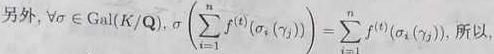
另外, $\forall \sigma \in \mathrm{Gal}(K / \mathbb{Q}), \sigma\left(\sum_{i = 1}^{n} f^{(t)}\left(\sigma_{i}\left(\gamma_{j}\right)\right)\right)=\sum_{i = 1}^{n} f^{(t)}\left(\sigma_{i}\left(\gamma_{j}\right)\right)$, 所以,